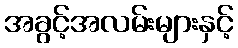
အခွင့်အလမ်းများနှင့်